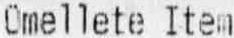
OMELLETE ITEM